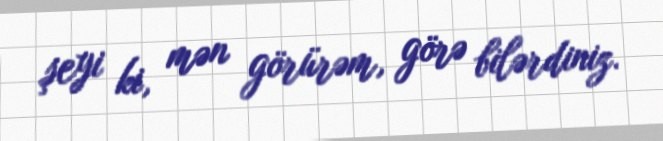
şeyi ki, mən görürəm, görə bilərdiniz.